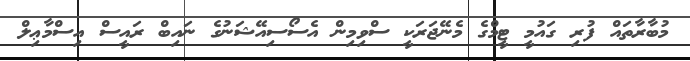
މުބާރާތައް ފުރި ގައުމީ ޓީމްގެ މެނޭޖަރަކީ ސްވިމިން އެސޯސިއޭޝަނުގެ ނައިބް ރައީސް އިސްމާޢިލް